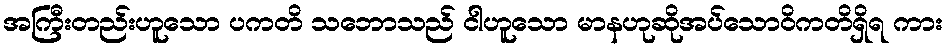
အကြီးတည်းဟူသော ပကတိ သဘောသည် ငါဟူသော မာနဟုဆိုအပ်သောဝိကတိရှိရ ကား